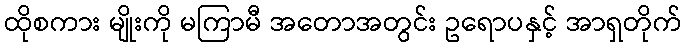
ထိုစကား မျိုးကို မကြာမီ အတောအတွင်း ဥရောပနှင့် အာရှတိုက်